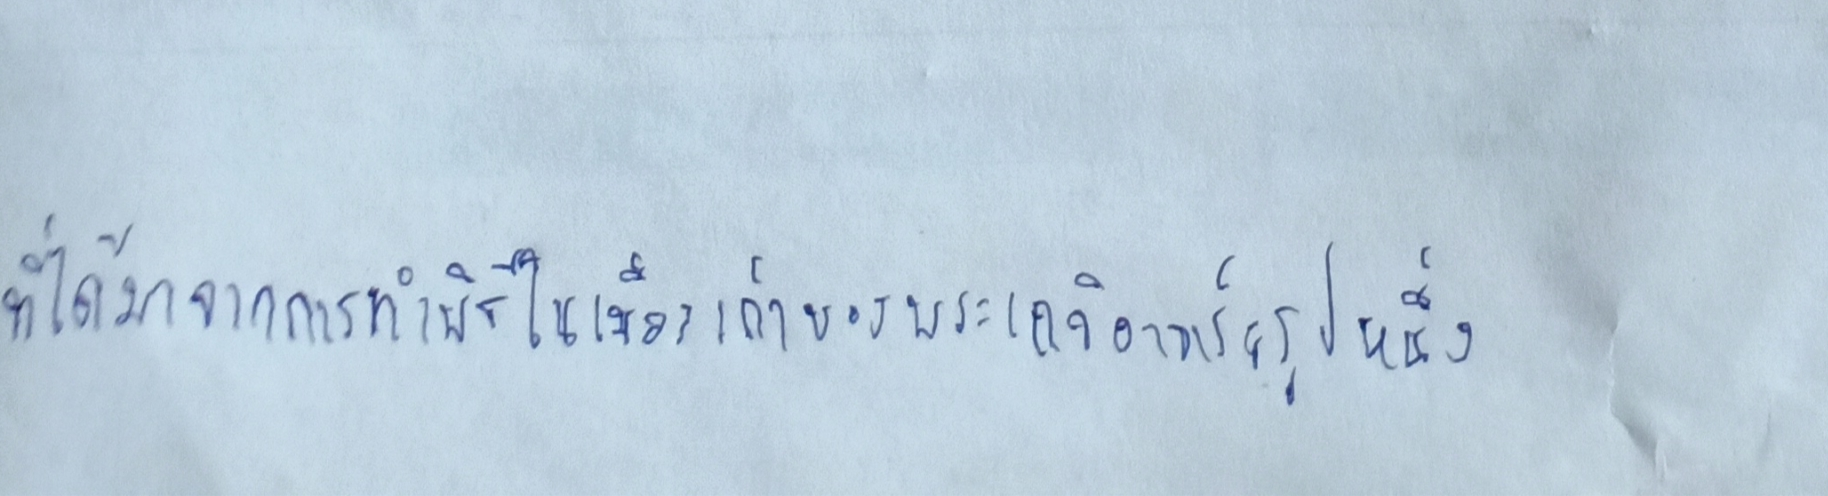
ที่ได้มาจากการทำพิธีในเมืองเก่าของพระเกจิอาจารย์รูปหนึ่ง